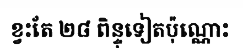
ខ្វះតែ ២៨ ពិន្ទុទៀតប៉ុណ្ណោះ